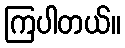
ကြပါတယ်။